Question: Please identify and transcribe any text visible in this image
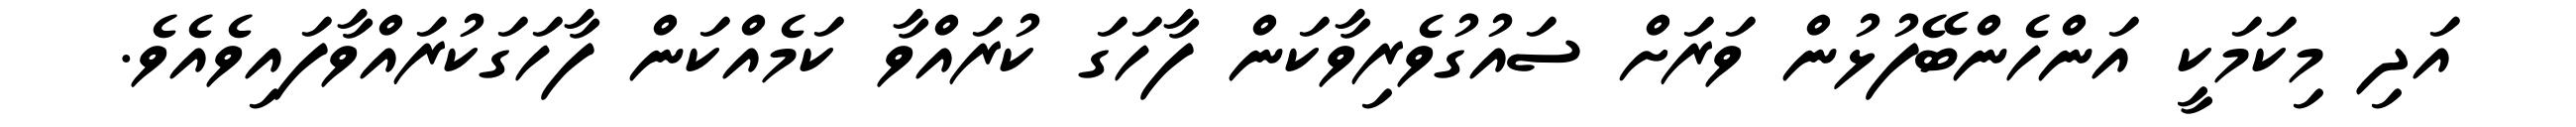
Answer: އަދި މިކަމަކީ އަންހެންބޭފުޅުން ވަރަށް ސައުގުވެރިވާކަން ފާހަގަ ކުރައްވާ ކަމެއްކަން ފާހަގަކުރައްވާފައިވެއެވެ.